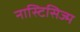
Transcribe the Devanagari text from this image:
नास्टिसिज्म